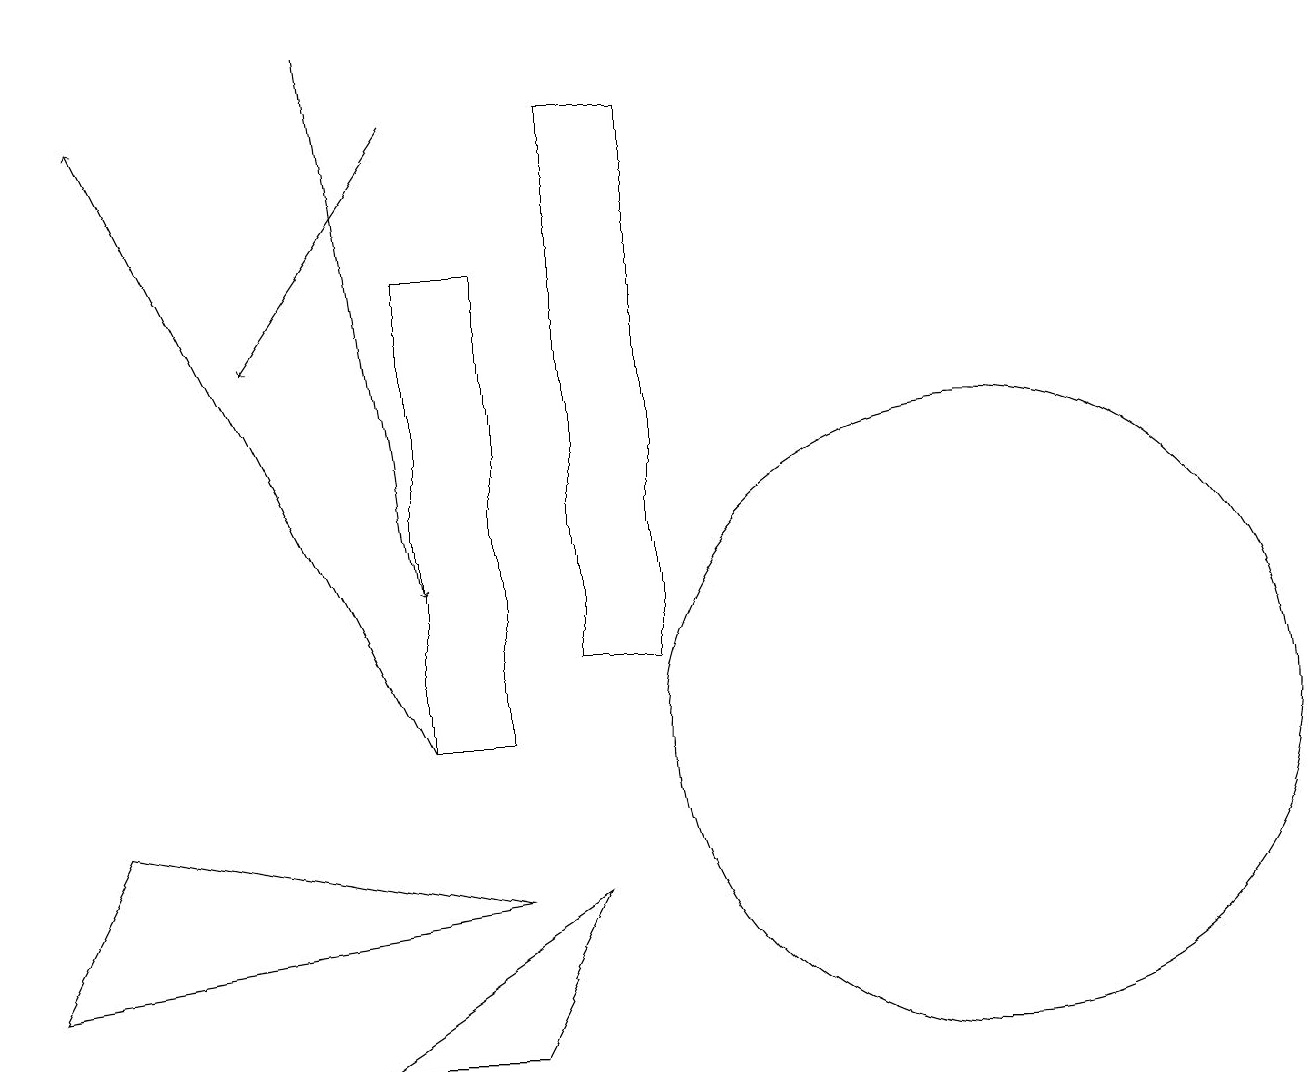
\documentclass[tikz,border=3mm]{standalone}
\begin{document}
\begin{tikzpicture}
\draw (0,7) -- (6,8) -- (1,9) -- cycle;
\draw[->] (5,10) -- (1,18);
\draw (5,10) rectangle (6,16);
\draw[->] (4,19) -- (5,12);
\draw (6,6) -- (4,6) -- (7,8) -- cycle;
\draw (12,10) circle (4);
\draw (8,11) rectangle (7,18);
\draw[->] (5,18) -- (3,15);
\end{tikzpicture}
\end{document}